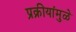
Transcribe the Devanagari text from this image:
प्रक्रीयांमुळे